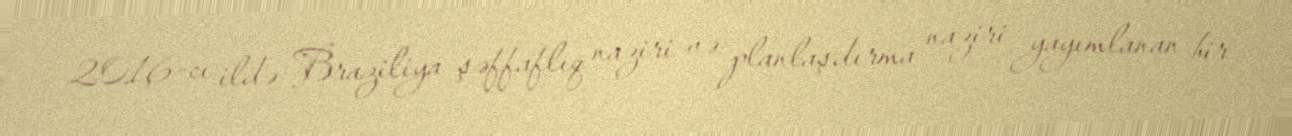
2016-cı ildə Braziliya şəffaflıq naziri və planlaşdırma naziri yayımlanan bir